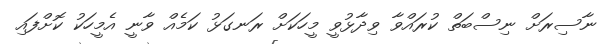
ނާސިރަށް ނިސްބަތް ކުރައްވާ ވިދާޅުވީ މީހަކަށް ރަނގަޅު ކަމެއް ވާނީ އެމީހަކު ކޮށްފައި